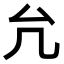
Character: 𠘭